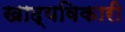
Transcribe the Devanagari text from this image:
खाद्यविकारी